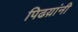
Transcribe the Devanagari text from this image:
पिढय़ांनी